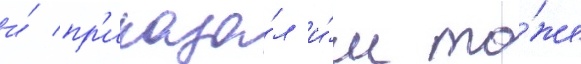
и́ пр'иказа́л и́м то́же